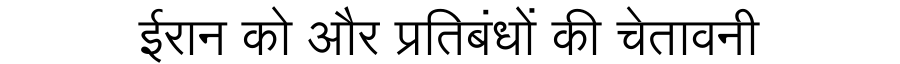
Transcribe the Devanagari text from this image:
ईरान को और प्रतिबंधों की चेतावनी